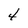
Character: 4